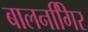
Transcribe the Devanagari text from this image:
बालनगििर